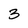
Character: 3